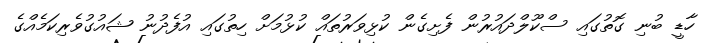
ހާޑީ ބުނި ގޮތުގައި ސްކޫލްދައުރުން ފެށިގެން ކުޅިވަރުތައް ކުޅުމަށް ހިތުގައި އުފެދުނު ޝައުގުވެރިކަމެއްގެ